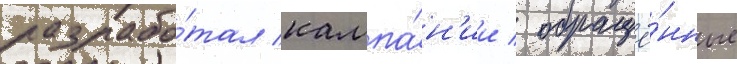
разрабо́тал кампа́н'ии / обращё́нные